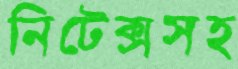
নিটেক্সসহ